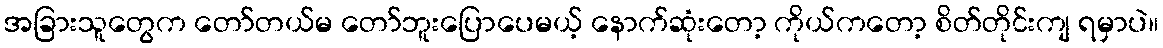
အခြားသူတွေက တော်တယ်မ တော်ဘူးပြောပေမယ့် နောက်ဆုံးတော့ ကိုယ်ကတော့ စိတ်တိုင်းကျ ရမှာပဲ။